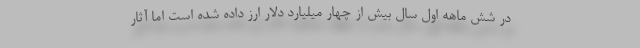
در شش ماهه اول سال بیش از چهار میلیارد دلار ارز داده شده است اما آثار